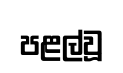
පළල්වූ